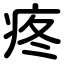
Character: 疼